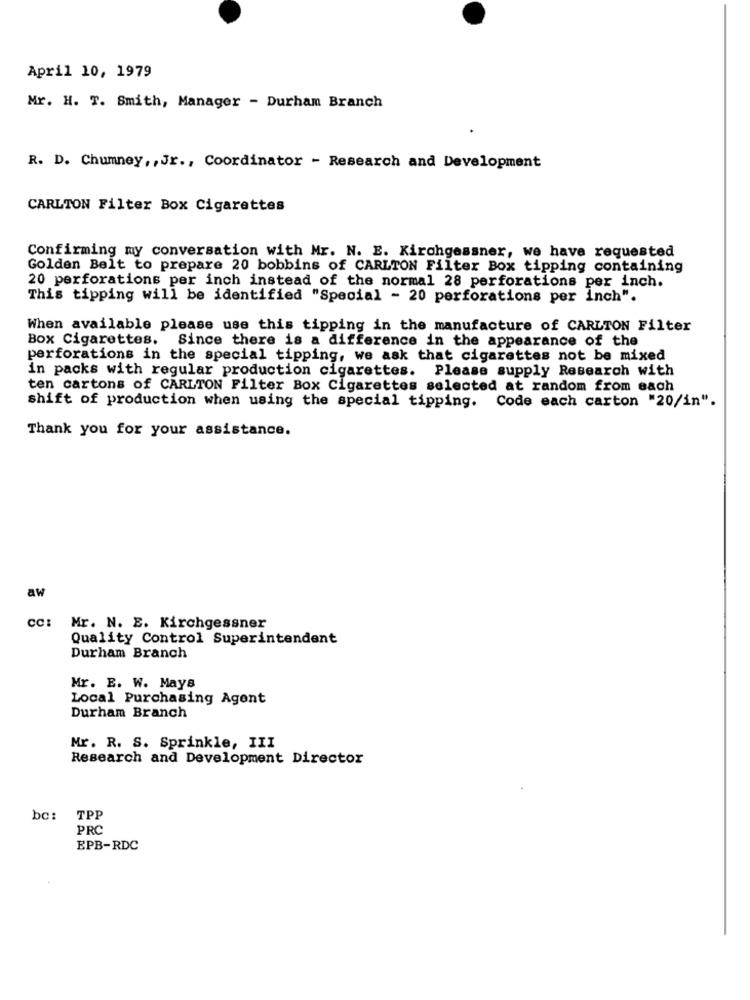
April 10, 1979
Mr. H. T. Smith, Manager - Durham Branch
R. D. Chumney ,, Jr ., Coordinator - Research and Development
CARLTON Filter Box Cigarettes
Confirming my conversation with Mr. N. E. Kirchgessner, we have requested
Golden Belt to prepare 20 bobbins of CARLTON Filter Box tipping containing
20 perforations per inch instead of the normal 28 perforations per inch.
This tipping will be identified "Special - 20 perforations per inch".
When available please use this tipping in the manufacture of CARLTON Filter
Box Cigarettes. Since there is a difference in the appearance of the
perforations in the special tipping, we ask that cigarettes not be mixed
in packs with regular production cigarettes. Please supply Research with
ten cartons of CARLTON Filter Box Cigarettes selected at random from each
shift of production when using the special tipping. Code each carton "20/in".
Thank you for your assistance.
aw
CC:
Mr. N. E. Kirchgessner
Quality Control Superintendent
Durham Branch
Mr. E. W. Mays
Local Purchasing Agent
Durham Branch
Mr. R. S. Sprinkle, III
Research and Development Director
bc: TPP
PRC
EPB-RDC